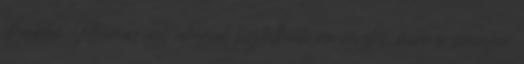
Babba Mária; így akarják tisztálkodásra nevelni, mire ő serényen